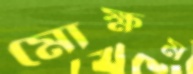
মোক্ষম